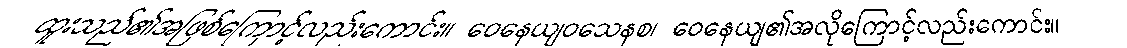
ထူးသည်၏အဖြစ်ကြောင့်လည်းကောင်း။ ဝေနေယျဝသေနစ၊ ဝေနေယျ၏အလိုကြောင့်လည်းကောင်း။